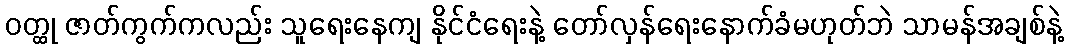
ဝတ္ထု ဇာတ်ကွက်ကလည်း သူရေးနေကျ နိုင်ငံရေးနဲ့ တော်လှန်ရေးနောက်ခံမဟုတ်ဘဲ သာမန်အချစ်နဲ့